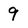
Character: 9